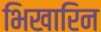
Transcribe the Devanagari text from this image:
भिखारिन